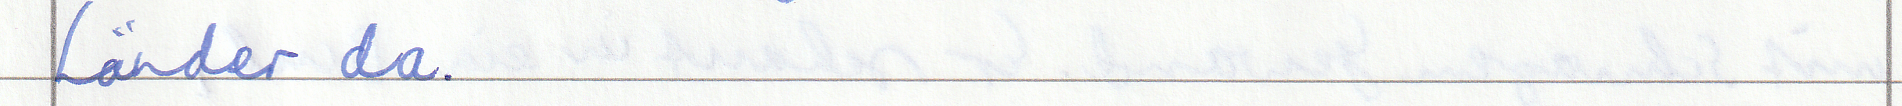
Länder da.